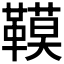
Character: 𩌧